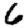
Digit: 6